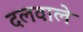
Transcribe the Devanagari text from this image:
दलवाले